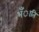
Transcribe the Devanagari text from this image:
भँाति